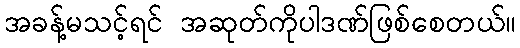
အခန့်မသင့်ရင် အဆုတ်ကိုပါဒဏ်ဖြစ်စေတယ်။